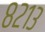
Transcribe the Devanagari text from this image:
८२१३